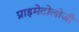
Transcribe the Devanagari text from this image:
प्राइमेटोलोजी